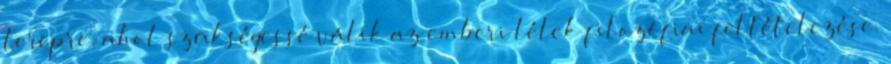
terepre, ahol szükségessé válik az emberi lélek filozófiai feltételezése.